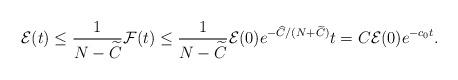
LaTeX: \begin{align*}\mathcal{E}(t) \le \frac{1}{N-\widetilde{C}} \mathcal{F}(t) \le\frac{1}{N-\widetilde{C}} \mathcal{E}(0)e^{-\widehat{C}/(N+\widetilde{C})} t = C \mathcal{E}(0) e^{-c_0t}. \end{align*}